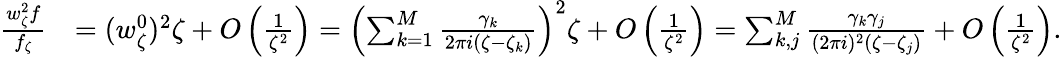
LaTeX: \begin{array}{rl}{\frac{w_{\zeta}^{2}f}{f_{\zeta}}}&{=(w_{\zeta}^{0})^{2}\zeta+O\left(\frac{1}{\zeta^{2}}\right)=\left(\sum_{k=1}^{M}\frac{\gamma_{k}}{2\pi i(\zeta-\zeta_{k})}\right)^{2}\zeta+O\left(\frac{1}{\zeta^{2}}\right)=\sum_{k,j}^{M}\frac{\gamma_{k}\gamma_{j}}{(2\pi i)^{2}(\zeta-\zeta_{j})}+O\left(\frac{1}{\zeta^{2}}\right).}\end{array}